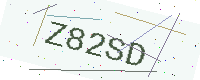
Text: Z82SD